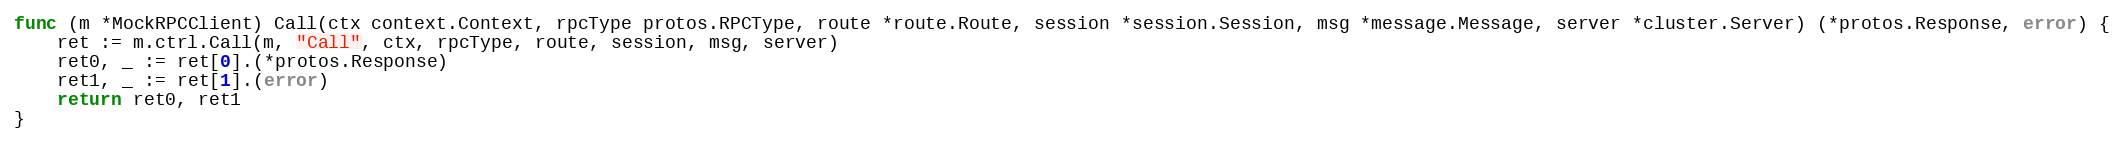
Language: Go
func (m *MockRPCClient) Call(ctx context.Context, rpcType protos.RPCType, route *route.Route, session *session.Session, msg *message.Message, server *cluster.Server) (*protos.Response, error) {
	ret := m.ctrl.Call(m, "Call", ctx, rpcType, route, session, msg, server)
	ret0, _ := ret[0].(*protos.Response)
	ret1, _ := ret[1].(error)
	return ret0, ret1
}